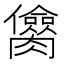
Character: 𰯥